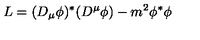
L = ( D _ { \mu } \phi ) ^ { * } ( D ^ { \mu } \phi ) - m ^ { 2 } \phi ^ { * } \phi